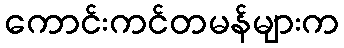
ကောင်းကင်တမန်များက